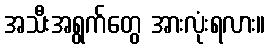
အသီးအရွက်တွေ အားလုံးရလား။